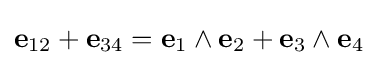
\mathbf {e} _{12}+\mathbf {e} _{34}=\mathbf {e} _{1}\wedge \mathbf {e} _{2}+\mathbf {e} _{3}\wedge \mathbf {e} _{4}